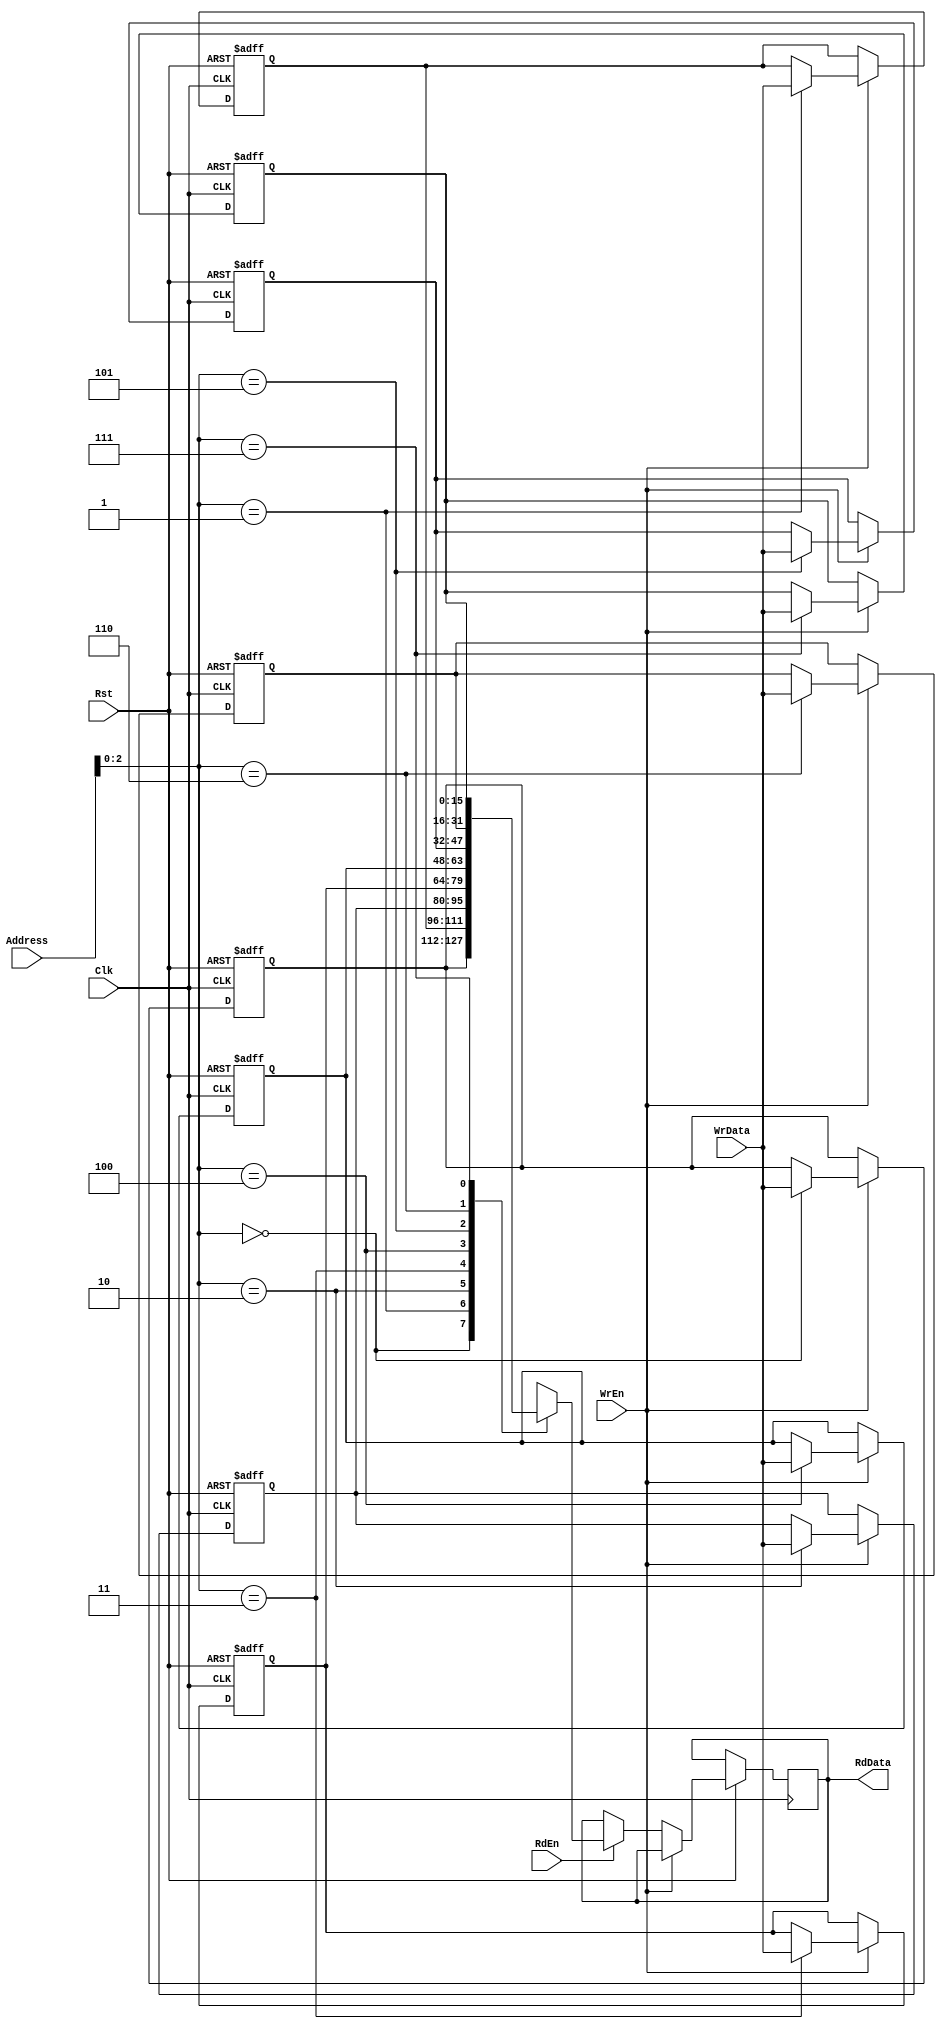
module RAM#(
parameter ADDR_WIDTH=4,
          MEMORY_DEPTH=8,
          MEM_WIDTH=16
          )
(

    input  wire                   WrEn,
    input  wire                   RdEn,
    input  wire                   Clk,
    input  wire                   Rst,
    input  wire  [ADDR_WIDTH-1:0]            Address,
    input  wire  [MEM_WIDTH-1:0]          	WrData,  
    output reg   [MEM_WIDTH-1:0]             RdData

);
  integer x;

  // 2D Array
  reg [MEM_WIDTH-1:0] memory [MEMORY_DEPTH-1:0];        

  always @(posedge Clk or negedge Rst) 
	  begin
        if(!Rst)
        begin
          for (x =0;x<MEMORY_DEPTH;x=x+1)
            begin
              memory[x]<=0;
            end
        end
        else if (WrEn) 
		  begin
              memory[Address] <= WrData;
		  end
        else if (RdEn)
          begin
              RdData <= memory[Address]; 
          end
       end

endmodule